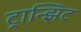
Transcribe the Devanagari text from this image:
ट्रान्झिट